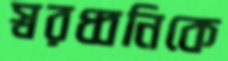
স্বরধ্বনিকে